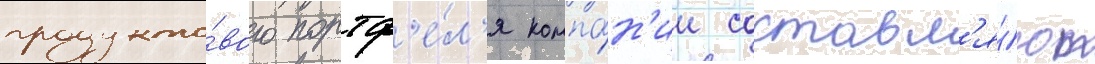
продукто́вого портф'е́л'я компа́н'ии составл'я́ют